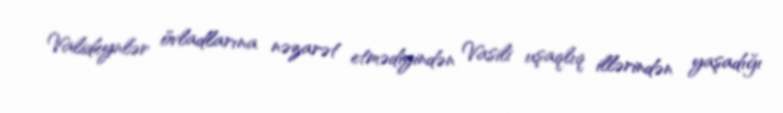
Valideynlər övladlarına nəzarət etmədiyindən Vasili uşaqlıq illərindən yaşadığı